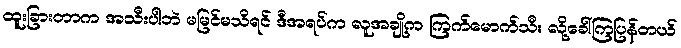
ထူးခြားတာက အသီးပါဘဲ မမြင်မသိရင် ဒီအရပ်က လူအချို့က ကြက်မောက်သီး လို့ခေါ်ကြပြန်တယ်